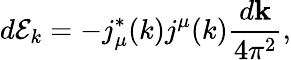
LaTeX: d\mathcal{E}_{k}=-j_{\mu}^{*}(k)j^{\mu}(k)\frac{d\mathbf{k}}{4\pi^{2}},